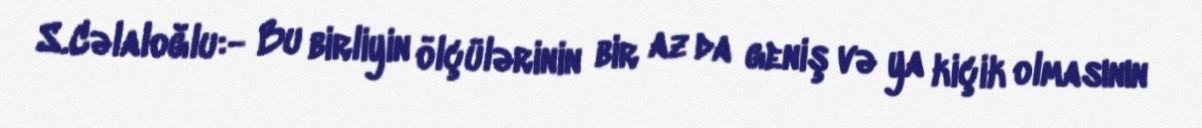
S.Cəlaloğlu:- Bu birliyin ölçülərinin bir az da geniş və ya kiçik olmasının